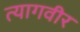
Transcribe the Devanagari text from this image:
त्यागवीर